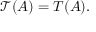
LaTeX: { \mathcal { T } } ( A ) = T ( A ) .